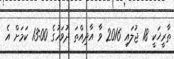
ތާރީޚަކީ 18 ޖުލައި 2016 ވާ އާދިއްތަ ދުވަހުގެ 13:00 ކަމަށް އެ